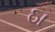
ઠા